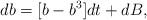
LaTeX: \begin{align*}db=[b-b^{3}]dt+dB, \end{align*}